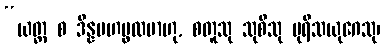
“ယတ္ထ စ ဒိန္နမဟပ္ဖလမာဟု, စတူသု သုစီသု ပုရီသယုဂေသု၊